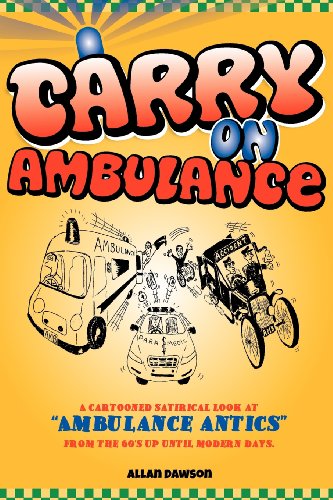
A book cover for Carry On Ambulance: True stories of ambulance service antics from the 1960s to the present day; Mr Allan Dawson; Medical Books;